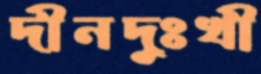
দীনদুঃখী